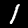
Digit: 1